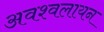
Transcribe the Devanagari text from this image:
अवश्वलायन